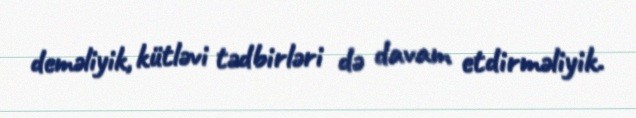
deməliyik, kütləvi tədbirləri də davam etdirməliyik.